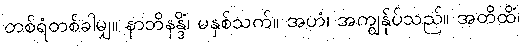
တစ်ရံတစ်ခါမျှ။ နာဘိနန္ဒိံ၊ မနှစ်သက်။ အဟံ၊ အကျွန်ုပ်သည်။ အတိထိံ၊